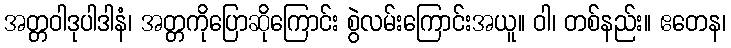
အတ္တဝါဒုပါဒါနံ၊ အတ္တကိုပြောဆိုကြောင်း စွဲလမ်းကြောင်းအယူ။ ဝါ၊ တစ်နည်း။ ဧတေန၊